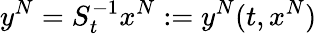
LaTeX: y^{N}=S_{t}^{-1}x^{N}:=y^{N}(t,x^{N})